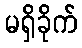
မရှိခိုက်